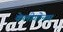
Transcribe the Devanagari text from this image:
केलीगोनम